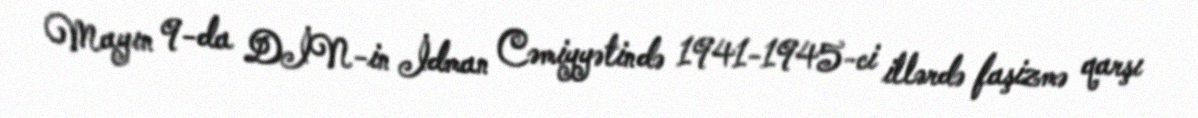
Mayın 9-da DİN-in İdman Cəmiyyətində 1941-1945-ci illərdə faşizmə qarşı